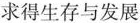
求得生存与发展